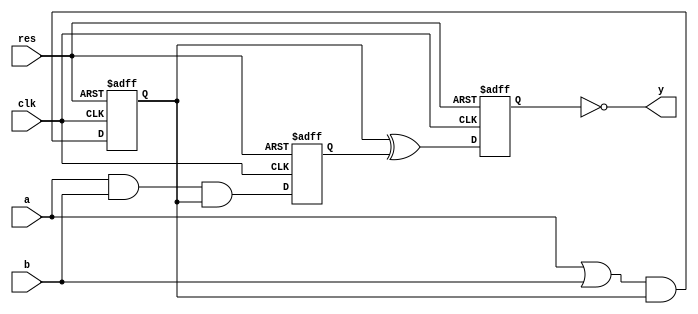
module lab5_design (input a , input b  , input clk , input res, output y);

//internal signals
reg reg1;
reg reg2;
reg reg3;

always @ (posedge clk , posedge res) 
begin 
	if(res)
	begin
		reg1 <= 1'b0;
		reg2 <= 1'b0;
		reg3 <= 1'b0;
	end 
	else
	begin
		reg1 <=  ( a | b ) & reg1;
		reg2 <= a & b & reg1;
		reg3 <= reg1 ^ reg2;
	end
end

assign y = ~reg3;

endmodule